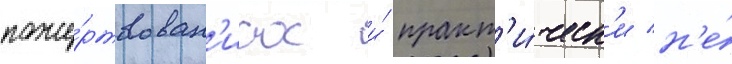
поже́ртвован'иах и́ практ'и́ческ'и н'е́